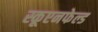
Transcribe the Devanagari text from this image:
स्कूएनफेल्ड